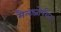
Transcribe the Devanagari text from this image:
मैलब्ज़ोर्पशन्